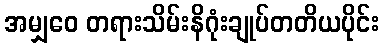
အမျှဝေ တရားသိမ်းနိဂုံးချုပ်တတိယပိုင်း